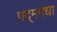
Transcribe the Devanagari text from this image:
पद्‌मगंधा